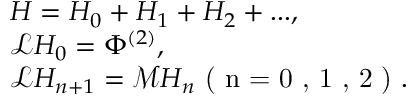
\begin{array} { l } { H = H _ { 0 } + H _ { 1 } + H _ { 2 } + . . . , } \\ { \mathcal { L } H _ { 0 } = \Phi ^ { ( 2 ) } , } \\ { \mathcal { L } H _ { n + 1 } = \mathcal { M } H _ { n } \textrm { ( n = 0 , 1 , 2 ) } . } \end{array}